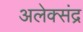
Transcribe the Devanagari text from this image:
अलेक्संद्र